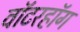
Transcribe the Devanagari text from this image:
वॉटरहॉग